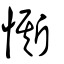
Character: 𢠹